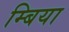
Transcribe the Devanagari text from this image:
म्बिया